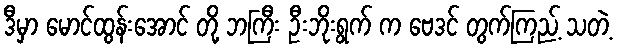
ဒီမှာ မောင်ထွန်းအောင် တို့ ဘကြီး ဦးဘိုးရွက် က ဗေဒင် တွက်ကြည့် သတဲ့